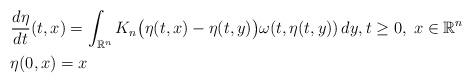
LaTeX: \begin{align*} &\frac{d\eta}{dt}(t,x) = \int_{\mathbb{R}^n} K_n\big(\eta(t,x) - \eta(t,y) \big) \omega(t,\eta(t,y)) \, dy, t \geq 0,\; x \in \mathbb{R}^n \\ &\eta(0, x) = x \end{align*}